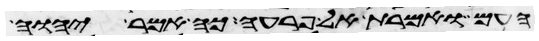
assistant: העם ואמרת אל פרעה כה אמר יהוה